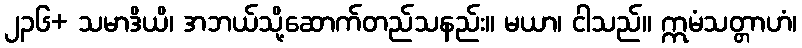
၂၃၆+ သမာဒိယိ၊ အဘယ်သို့ဆောက်တည်သနည်း။ မယာ၊ ငါသည်။ ဣမံသတ္တာဟံ၊